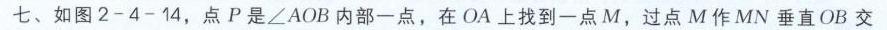
七、如图2 - 4 - 14，点\(P\)是\(\angle AOB\)内部一点，在\(OA\)上找到一点\(M\)，过点\(M\)作\(MN\)垂直\(OB\)交